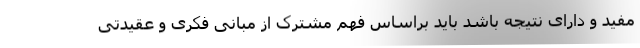
مفید و دارای نتیجه باشد باید براساس فهم مشترک از مبانی فکری و عقیدتی